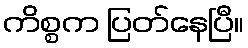
ကိစ္စက ပြတ်နေပြီ။